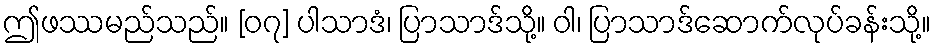
ဤဖဿမည်သည်။ [၀၇] ပါသာဒံ၊ ပြာသာဒ်သို့။ ဝါ၊ ပြာသာဒ်ဆောက်လုပ်ခန်းသို့။